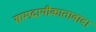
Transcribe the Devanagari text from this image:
साम्प्रदायीकातावादा